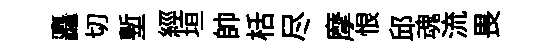
矗切塹經垣帥栝尽摩恨邱魂流畏